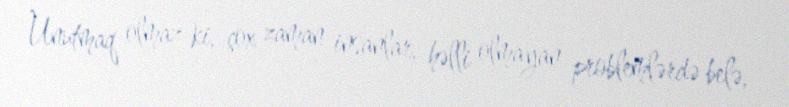
Unutmaq olmaz ki, çox zaman insanlar, həlli olmayan problemlərdə belə,